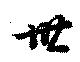
丗